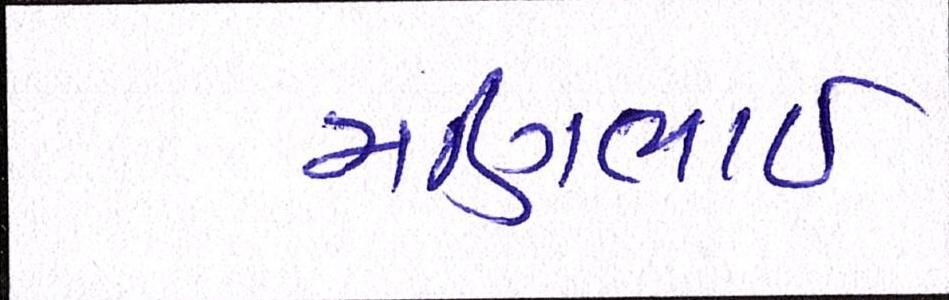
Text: મણિભાઇ